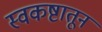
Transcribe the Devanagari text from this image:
स्वकष्टातून